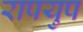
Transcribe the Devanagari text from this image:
रापयुप